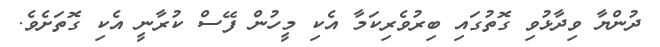
ދުންޔާ ވިދާޅުވި ގޮތުގައި ބިރުވެރިކަމާ އެކި މީހުން ފޭސް ކުރާނީ އެކި ގޮތަށެވެ.